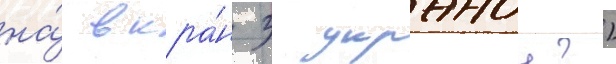
на́ вкра́н з украноу?)